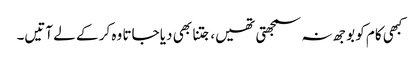
کبھی کام کو بوجھ نہ سمجھتی تھیں، جتنا بھی دیا جاتا وہ کر کے لے آتیں۔